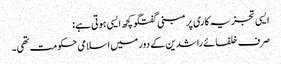
ایسی تجزیہ کاری پر مبنی گفتگو کچھ ایسی ہوتی ہے:
صرف خلفائے راشدین کے دور میں اسلامی حکومت تھی۔